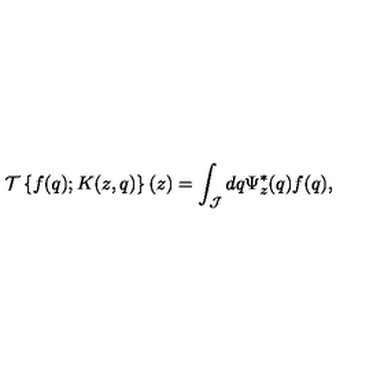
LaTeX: { \mathcal T } \left\{ f ( q ) ; K ( z , q ) \right\} ( z ) = \int _ { \mathcal J } d q \Psi _ { z } ^ { * } ( q ) f ( q ) ,